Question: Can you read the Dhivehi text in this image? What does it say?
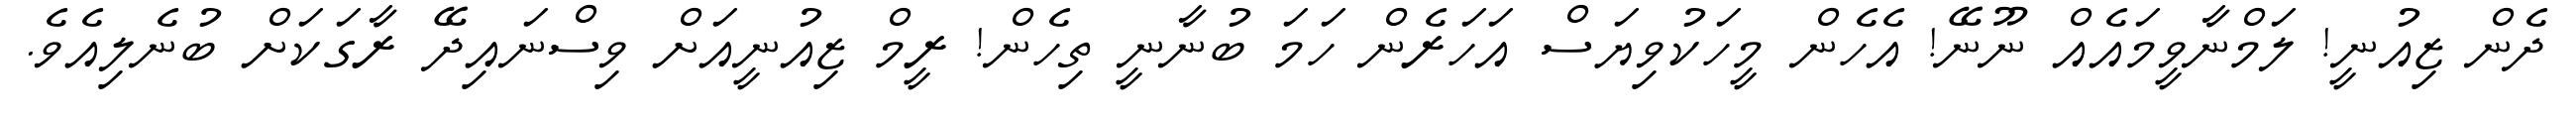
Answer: ދެން ޒިއުނީ! ލަމްނާވީމައެއް ނޫނޭ! އެހެން މީހަކުވިޔަސް އަހަރެން ހަމަ ބުނާނީ ތިހެން! ރީމް ޒިއުނީއަށް ވިސްނައިދޭ ރާގަކަށް ބުނެލިއެވެ.